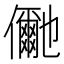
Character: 𭀍